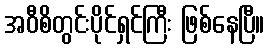
အဝီစိတွင်းပိုင်ရှင်ကြီး ဖြစ်နေပြီ။